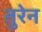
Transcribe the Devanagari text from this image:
तुरेन